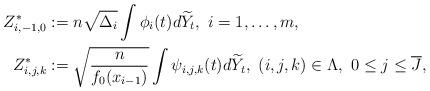
LaTeX: \begin{align*}Z_{i, -1,0}^* & := n\sqrt{\Delta_i} \int \phi_i(t) d\widetilde Y_t, \ i=1,\ldots,m,\\Z_{i,j,k}^* &:= \sqrt{\frac{n}{f_0(x_{i-1})}}\int \psi_{i,j,k}(t) d\widetilde Y_t , \ (i,j,k)\in \Lambda, \ 0\leq j\leq \overline{J},\end{align*}